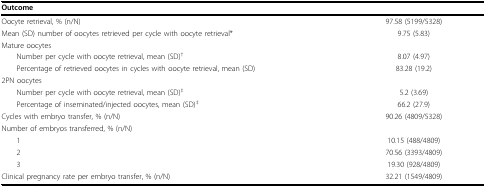
| Outcome |  |
 | --- | --- |
 | Oocyte retrieval, % (n/N) | 97.58 (5199/5328) |
 | Mean (SD) number of oocytes retrieved per cycle with oocyte retrieval* | 9.75 (5.83) |
 | Mature oocytes |  |
 | Number per cycle with oocyte retrieval, mean (SD)† | 8.07 (4.97) |
 | Percentage of retrieved oocytes in cycles with oocyte retrieval, mean (SD) | 83.28 (19.2) |
 | 2PN oocytes |  |
 | Number per cycle with oocyte retrieval, mean (SD)‡ | 5.2 (3.69) |
 | Percentage of inseminated/injected oocytes, mean (SD)‡ | 66.2 (27.9) |
 | Cycles with embryo transfer, % (n/N) | 90.26 (4809/5328) |
 | Number of embryos transferred, % (n/N) |  |
 | 1 | 10.15 (488/4809) |
 | 2 | 70.56 (3393/4809) |
 | 3 | 19.30 (928/4809) |
 | Clinical pregnancy rate per embryo transfer, % (n/N) | 32.21 (1549/4809) |